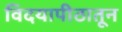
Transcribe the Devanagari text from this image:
विदयापीठातून